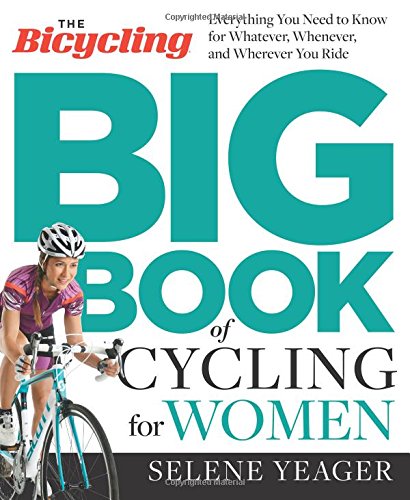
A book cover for The Bicycling Big Book of Cycling for Women: Everything You Need to Know for Whatever, Whenever, and Wherever You Ride; Selene Yeager; Sports & Outdoors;